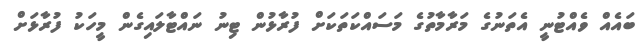
ބައެއް ވެއްޓުނީ އެތަނުގެ މަރާމާތުގެ މަސައްކަތަކަށް ފުރާޅުން ޓިނު ނައްޓާލައިގެން މީހަކު ފުރާޅަށް